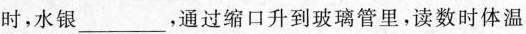
时，水银___，通过缩口升到玻璃管里，读数时体温